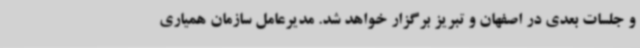
و جلسات بعدی در اصفهان و تبریز برگزار خواهد شد. مدیرعامل سازمان همیاری